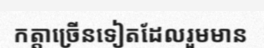
កត្តាច្រើនទៀតដែលរួមមាន